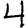
Digit: 4